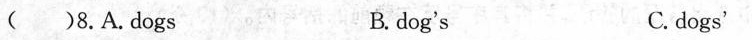
( )8.A.Dogs B. dog's C. dogs'